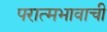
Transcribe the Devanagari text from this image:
परात्मभावाची